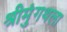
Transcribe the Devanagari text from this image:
श्रीमुंगथला